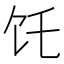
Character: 饦